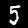
Digit: 5